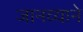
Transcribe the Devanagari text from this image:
जानव्याने